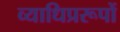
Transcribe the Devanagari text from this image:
व्याधिप्ररूपों